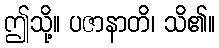
ဤသို့။ ပဇာနာတိ၊ သိ၏။